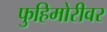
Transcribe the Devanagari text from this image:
फुहिमोरीवर